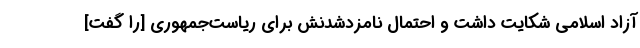
آزاد اسلامی شکایت داشت و احتمال نامزدشدنش برای ریاست‌جمهوری [را گفت]